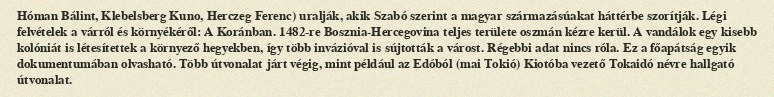
Hóman Bálint, Klebelsberg Kuno, Herczeg Ferenc) uralják, akik Szabó szerint a magyar származásúakat háttérbe szorítják. Légi felvételek a várról és környékéről: A Koránban. 1482-re Bosznia-Hercegovina teljes területe oszmán kézre kerül. A vandálok egy kisebb kolóniát is létesítettek a környező hegyekben, így több invázióval is sújtották a várost. Régebbi adat nincs róla. Ez a főapátság egyik dokumentumában olvasható. Több útvonalat járt végig, mint például az Edóból (mai Tokió) Kiotóba vezető Tokaidó névre hallgató útvonalat.